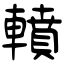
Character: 轒